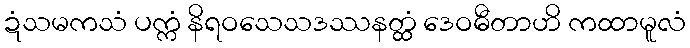
ဍံသမကသံ ပက္ကံ နိရဝသေသဒဿနတ္ထံ ဒေဝဓီတာဟိ ကထာမူလံ